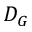
D _ { G }